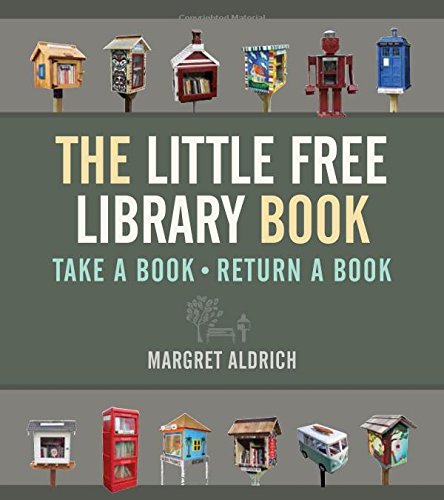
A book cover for The Little Free Library Book (Books in Action); Margret Aldrich; Parenting & Relationships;